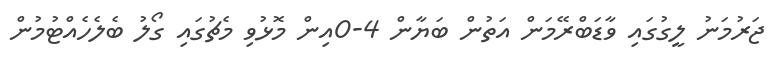
ޖަރުމަނު ލީގުގައި ވާޑަބްރޭމަން އަތުން ބަޔާން 4-0އިން މޮޅުވި މެޗުގައި ގޯލު ބެލެހެއްޓުމުން